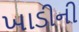
ખાડીની